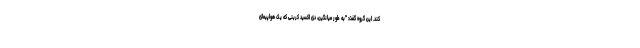
کند. این گروه گفت: "به طور میانگین، دی اکسید کربنی که یک هواپیمای